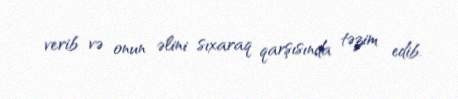
verib və onun əlini sıxaraq qarşısında təzim edib.